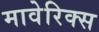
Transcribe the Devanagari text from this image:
मावेरिक्स